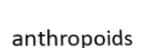
anthropoids